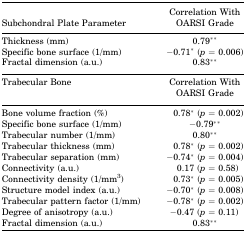
<table><thead><tr><td><b>Subchondral Plate Parameter</b></td><td><b>Correlation With OARSI Grade</b></td></tr></thead><tbody><tr><td>Thickness (mm)</td><td>0.79**</td></tr><tr><td>Specific bone surface (1/mm)</td><td>−0.71* (<i>p</i> = 0.006)</td></tr><tr><td>Fractal dimension (a.u.)</td><td>0.83**</td></tr><tr><td>Trabecular Bone</td><td>Correlation With OARSI Grade</td></tr><tr><td>Bone volume fraction (%)</td><td>0.78* (<i>p</i> = 0.002)</td></tr><tr><td>Specific bone surface (1/mm)</td><td>−0.79**</td></tr><tr><td>Trabecular number (1/mm)</td><td>0.80**</td></tr><tr><td>Trabecular thickness (mm)</td><td>0.78* (<i>p</i> = 0.002)</td></tr><tr><td>Trabecular separation (mm)</td><td>−0.74* (<i>p</i> = 0.004)</td></tr><tr><td>Connectivity (a.u.)</td><td>0.17 (<i>p</i> = 0.58)</td></tr><tr><td>Connectivity density (1/mm<sup>3</sup>)</td><td>0.73* (<i>p</i> = 0.005)</td></tr><tr><td>Structure model index (a.u.)</td><td>−0.70* (<i>p</i> = 0.008)</td></tr><tr><td>Trabecular pattern factor (1/mm)</td><td>−0.78* (<i>p</i> = 0.002)</td></tr><tr><td>Degree of anisotropy (a.u.)</td><td>−0.47 (<i>p</i> = 0.11)</td></tr><tr><td>Fractal dimension (a.u.)</td><td>0.83**</td></tr></tbody></table>